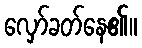
လှော်ခတ်နေ၏။